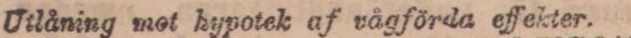
Utlåning mot hypotek af vågförda effekter.